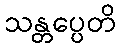
သန္တပ္ပေတိ